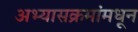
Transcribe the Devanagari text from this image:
अभ्यासक्रमांमधून